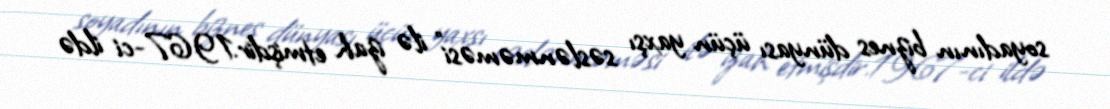
soyadının biznes dünyası üçün yaxşı səslənməməsi" ilə izah etmişdir.1967-ci ildə